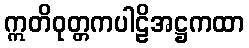
ဣတိဝုတ္တကပါဠိအဋ္ဌကထာ